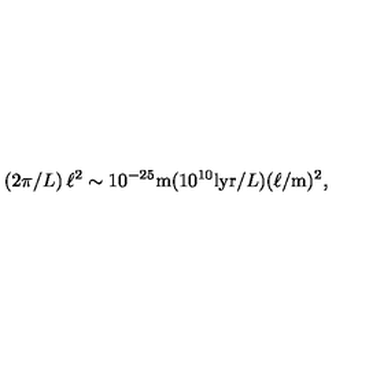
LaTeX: ( 2 \pi / L ) \: \ell ^ { 2 } \sim 1 0 ^ { - 2 5 } \mathrm { m } ( 1 0 ^ { 1 0 } \mathrm { l y r } / L ) ( \ell / \mathrm { m } ) ^ { 2 } ,